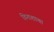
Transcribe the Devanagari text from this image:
विनाशाचा